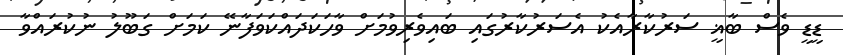
ޑީޑީ ވެސް ބާޣީ ސަރުކާރާއެކު އެސަރުކާރުގައި ބައިވެރިވުމަށް ވާހަކަދައްކަވަފާނޭ ކަމަށް ގަބޫލު ނުކުރައްވާ